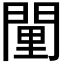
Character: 𨴻